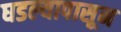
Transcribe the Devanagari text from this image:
घडल्यापासून